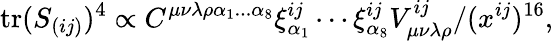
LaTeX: \mathrm{tr}(S_{(ij)})^{4}\propto C^{\mu\nu\lambda\rho\alpha_{1}...\alpha_{8}}\xi_{\alpha_{1}}^{ij}\cdots\xi_{\alpha_{8}}^{ij}V_{\mu\nu\lambda\rho}^{ij}/(x^{ij})^{16},